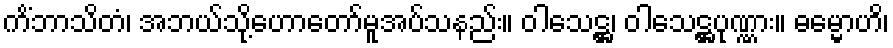
ကိံဘာသိတံ၊ အဘယ်သို့ဟောတော်မူအပ်သနည်း။ ဝါသေဋ္ဌ၊ ဝါသေဋ္ဌပုဏ္ဏား။ ဓမ္မောဟိ၊